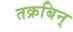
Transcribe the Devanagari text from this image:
तक्रबिन्